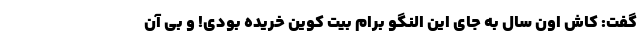
گفت: کاش اون سال به جای این النگو برام بیت کوین خریده بودی! و بی آن